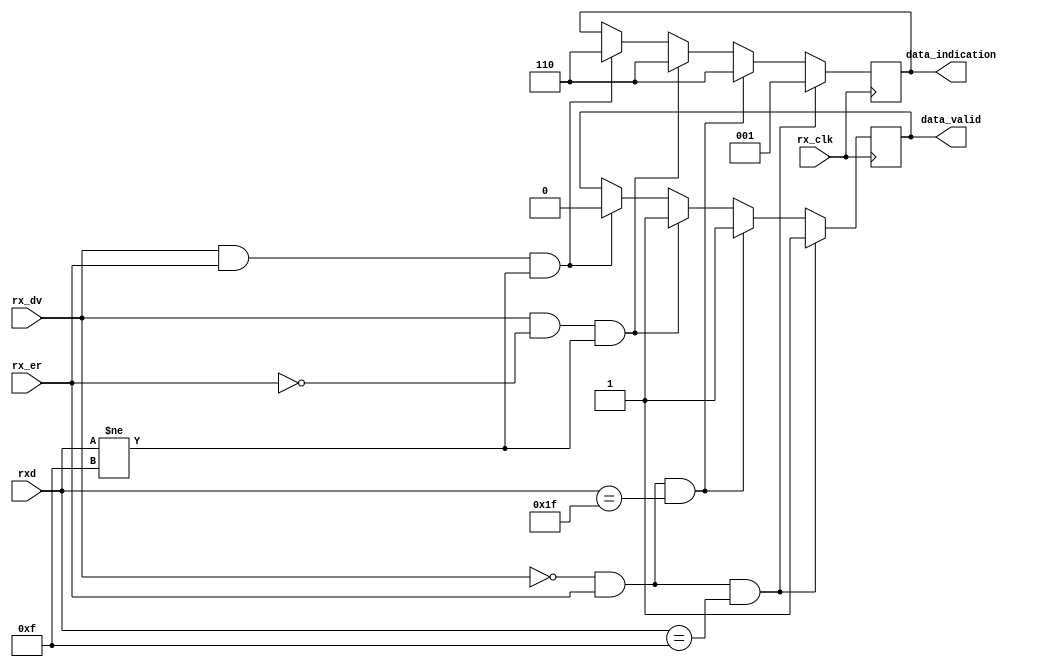
//capa del receptor
module data_indication(
    input [7:0]rxd,
    input rx_er,
    input rx_clk,
    input rx_dv,
    output reg [2:0]data_indication,// one,zero,extend en ese orden
    output reg data_valid
);
//inicio de la lgica
always @(posedge rx_clk) begin
    //Carrier extend
    if (rx_dv == 0 && rx_er == 1 && rxd == 8'h0F) begin
        data_indication = 3'b001;
        data_valid =1;
    end//fin del if
    //Carrier extend error
    else if (rx_dv == 0 && rx_er == 1 && rxd == 8'h1F)begin
      data_indication = 3'b110;//zero y one activados
      data_valid = 1;
    end//fin del else if
    //normal data reception
    else if (rx_dv == 1 && rx_er == 0 && rxd != 8'h0F)begin
        data_indication = 3'b110;
        data_valid = 1;
    end//fin del else if
    //data reception error
    else if (rx_dv == 1 && rx_er == 1 && rxd != 8'h0F)begin
      data_indication = 3'b110;
      data_valid = 0;
    end//fin del else if
end//fin del always

endmodule //fin del modulo